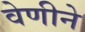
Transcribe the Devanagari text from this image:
वेणीने